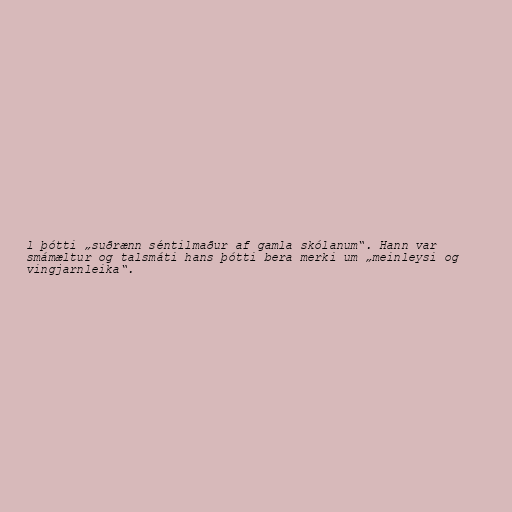
l þótti „suðrænn séntilmaður af gamla skólanum“. Hann var
smámæltur og talsmáti hans þótti bera merki um „meinleysi og
vingjarnleika“.